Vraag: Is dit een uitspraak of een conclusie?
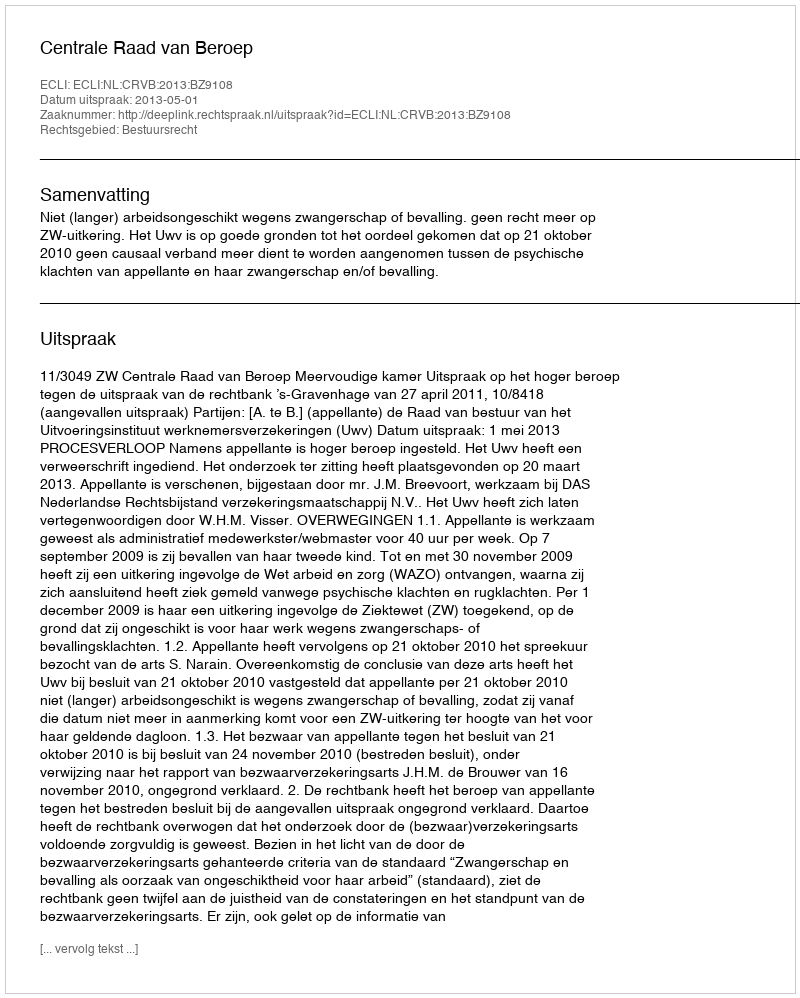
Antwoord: Uitspraak